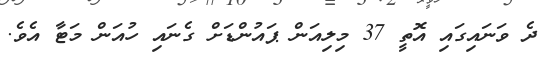
ދެ ވަނައިގައި އޮތީ 37 މިލިއަން ޕައުންޑަށް ގެނައި ހުއަން މަޓާ އެވެ.